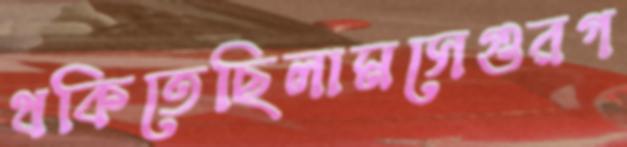
থকিতেছিলামসেগুরগ